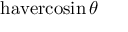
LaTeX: \operatorname { h a v e r c o s i n } \theta